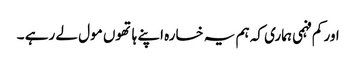
اور کم فہمی ہماری کہ ہم یہ خسارہ اپنے ہاتھوں مول لے رہے ۔